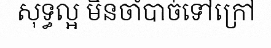
សុទ្ធល្អ មិនចាំបាច់ទៅក្រៅ